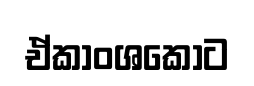
ඒකාංශකොට